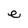
Character: e